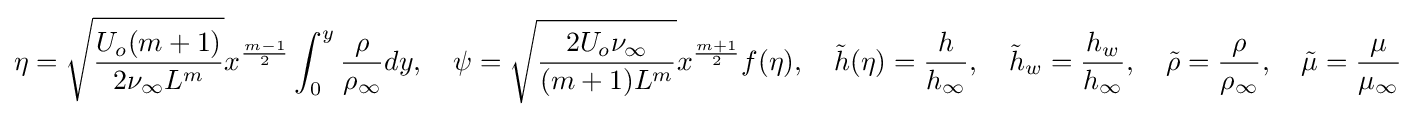
\eta ={\sqrt {\frac {U_{o}(m+1)}{2\nu _{\infty }L^{m}}}}x^{\frac {m-1}{2}}\int _{0}^{y}{\frac {\rho }{\rho _{\infty }}}dy,\quad \psi ={\sqrt {\frac {2U_{o}\nu _{\infty }}{(m+1)L^{m}}}}x^{\frac {m+1}{2}}f(\eta ),\quad {\tilde {h}}(\eta )={\frac {h}{h_{\infty }}},\quad {\tilde {h}}_{w}={\frac {h_{w}}{h_{\infty }}},\quad {\tilde {\rho }}={\frac {\rho }{\rho _{\infty }}},\quad {\tilde {\mu }}={\frac {\mu }{\mu _{\infty }}}